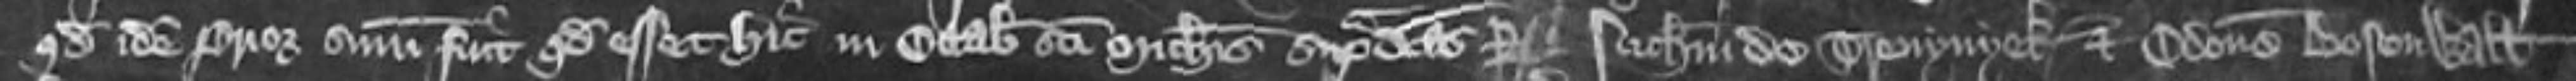
quod idem prior summonitus fuit quod esset hic in Octabis Sancti Michaelis supradictas per Nicholaum de Trenyvyek et Odonem de Bosenwalt